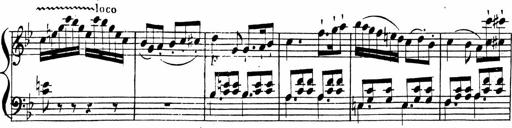
Title: 2 Piano Sonatinas
Composer: Ferdinand Ries